Annual administration report of the Civil Veterinary Department of India - 1893-1894
Year: 1893
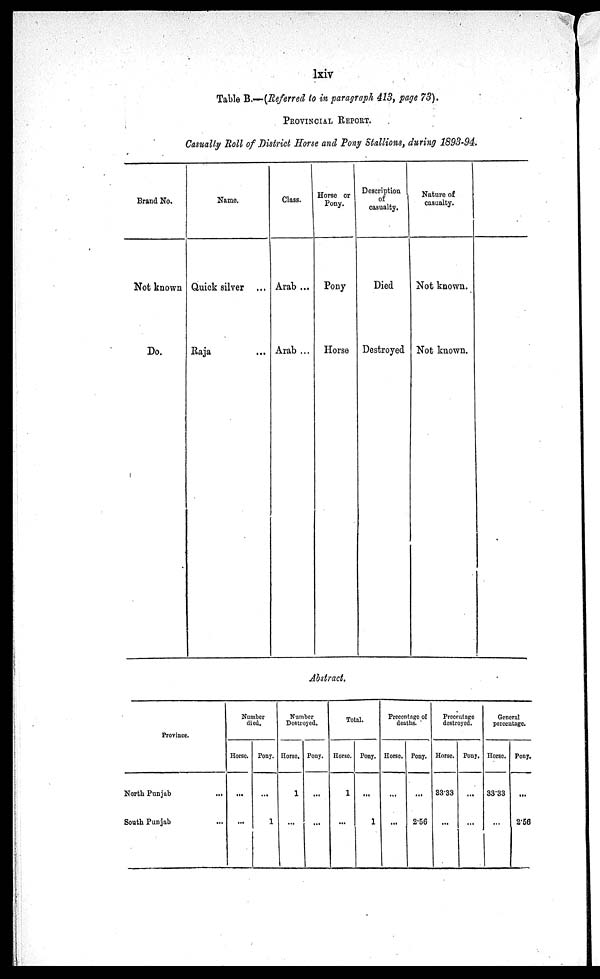
lxiv
Table B.—(Referred to in paragraph 413, page 73).
PROVINCIAL REPORT.
Casualty Roll of District Horse and Pony Stallions, during 1893-94.
Not known
Do.
Name.
Quick silver ...
Raja ...
Class.
Arab ...
Arab ...
Horse or
Pony.
Pony
Horse
Description
of
casualty.
Died
Destroyed
Nature of
casualty.
Not known.
Not known.
Abstract.
Province.
North
Punjab
...
South Punjab
Number
died.
Horse.
...
...
Pony.
...
1
Number
Destroyed,
Horse.
1
...
Pony.
...
...
Total.
Horse.
1
...
Pony.
...
1
Precentage of
deaths.
Horse,
...
...
Pony.
...
2.56
Precentage
destroyed.
Horse.
33.33
...
Pony.
...
...
General
percentage.
Horse.
33.33
...
Pony.
...
2.56